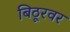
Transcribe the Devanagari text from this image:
बिठूरवर